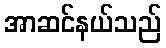
အာဆင်နယ်သည်